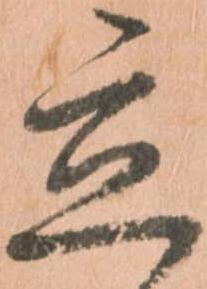
立